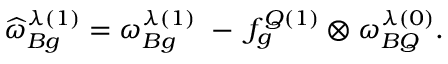
\widehat { \omega } _ { B g } ^ { \lambda ( 1 ) } = \omega _ { B g } ^ { \lambda ( 1 ) } \; - \; f _ { g } ^ { Q ( 1 ) } \otimes \omega _ { B Q } ^ { \lambda ( 0 ) } .